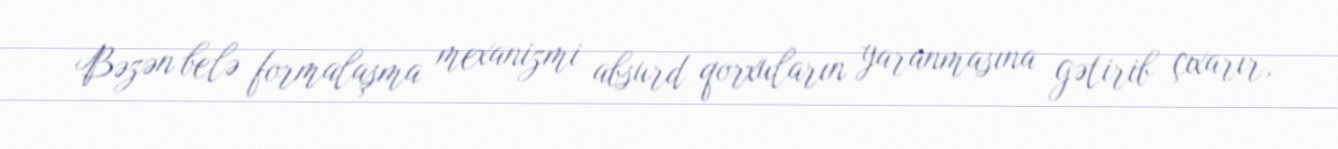
Bəzən belə formalaşma mexanizmi absurd qorxuların yaranmasına gətirib çıxarır,